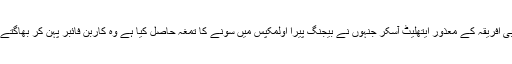
جنوبی افریقہ کے معذور ایتھلیٹ آسکر جنہوں نے بیجنگ پیرا اولمکپس میں سونے کا تمغہ حاصل کیا ہے وہ کاربن فائبر پہن کر بھاگتے ہیں۔